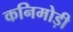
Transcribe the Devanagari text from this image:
कनिमोड़ी